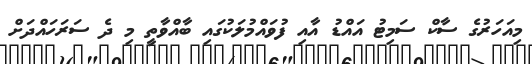
މިއަހަރުގެ ސާކް ސަމިޓު އައްޑު އާއި ފުވައްމުލަކުގައި ބާއްވާތީ މި ދެ ސަރަހައްދަށް